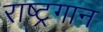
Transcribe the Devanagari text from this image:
राष्‍ट्रगान